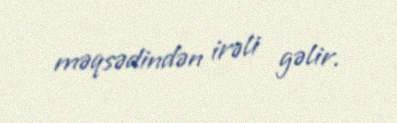
məqsədindən irəli gəlir.